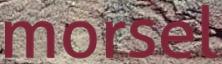
morsel